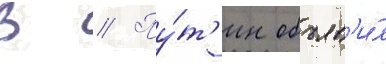
В // Пу́т'ин объяв'и́л